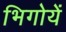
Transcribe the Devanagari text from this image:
भिगोयें